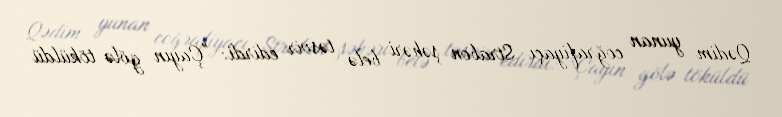
Qədim yunan coğrafiyaçı Strabon şəhəri belə təsvir edirdi: "Çayın gölə töküldü